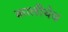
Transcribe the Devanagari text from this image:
कालीचेच